Vaccination North-Western Provinces and Oudh 1878-1895 - 1878-1895
Year: 1878
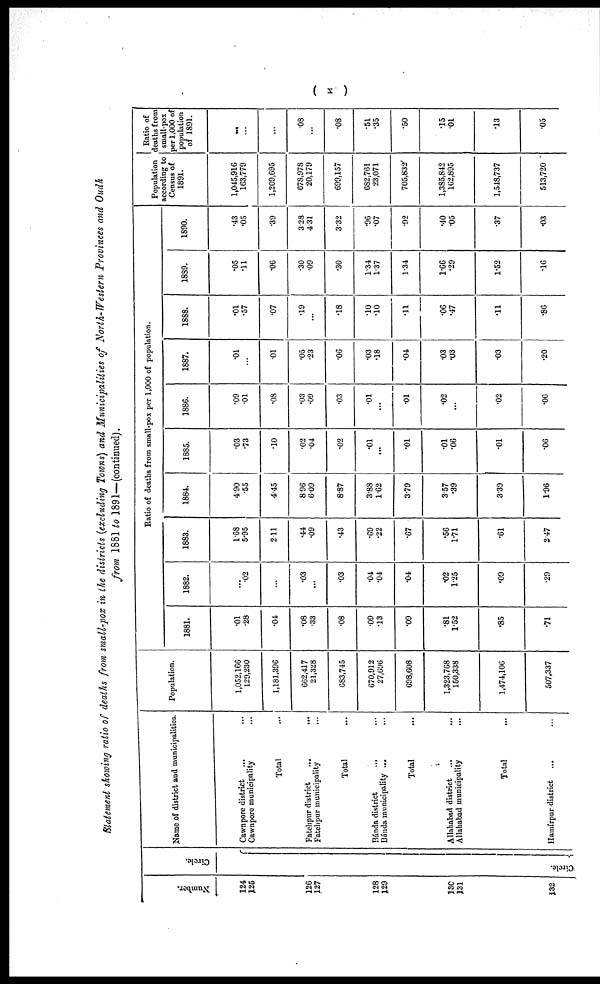
( x )
Statement showing ratio of deaths from small-pox in the districts (excluding Towns) and Municipalities of North-Western Provinces and Oudh
from 1881 to 1891—(continued).
Number.
124
125
126
127
128
129
130
131
132
Circle.
Circle.
Name of district and municipalities.
Cawnpore district ... ...
Cawnpore municipality ...
Total ...
Fatehpur district ... ...
Fatehpur municipality ...
Total ...
Bánda district ... ...
Búnda municipality ... ...
Total ...
Allahabad district ... ...
Allahabad municipality ...
Total ...
Hamírpur district ... ...
Population.
1,052,166
129,230
1,181,396
662,417
21,328
683,745
670,912
27,696
698,608
1,323,768
150,338
1,474,106
507,337
Ratio of deaths from small-pox per 1,000 of population.
1881.
.01
.28
.04
.08
.33
.08
.09
.13
.09
.81
1.52
.85
.71
1882.
...
.02
...
.03
...
.03
.04
.04
.04
.02
1.25
.09
.29
1883.
1.68
5.95
2.11
.44
.09
.43
.69
.22
.67
.56
1.71
.61
2.47
1884.
4.90
.55
4.45
8.96
6.09
8.87
3.88
1.62
3.79
3.57
.39
3.39
1.96
1885.
.03
.73
.10
.02
.04
.02
.01
...
.01
.01
.06
.01
.06
1886.
.09
.01
.08
.03
.09
.03
.01
...
.01
.02
...
.02
.06
1887.
.01
...
.01
.05
.23
.06
.03
.18
.04
.03
.03
.03
.20
1888.
.01
.57
.07
.19
...
.18
.10
.10
.11
.06
.47
.11
.86
1889.
.05
.11
.06
.30
.09
.30
1.34
1.37
1.34
1.66
.29
1.52
.16
1890.
.43
.05
.39
3.28
4.31
3.32
.96
.07
.92
.40
.05
.37
.03
Population
according to
Census of
1891.
1,045,916
163,779
1,209,695
678,978
20,179
699,157
682,761
23,071
705,832
1,385,842
162,895
1,548,737
513,720
Ratio of
deaths from
small-pox
per 1,000 of
population
of 1891.
...
...
...
.08
...
.08
.51
.35
.50
.15
.01
.13
.05